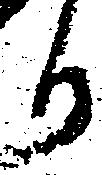
り